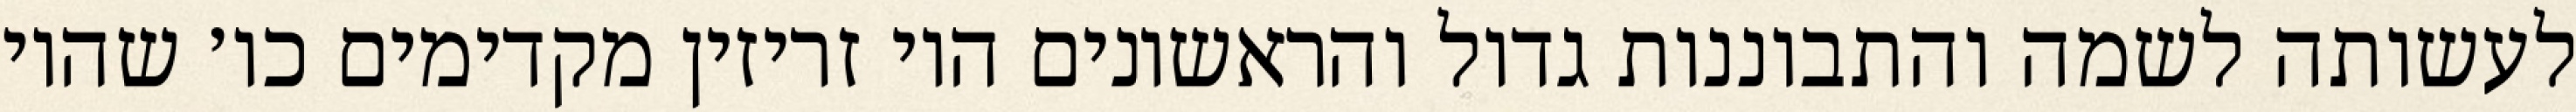
לעשותה לשמה והתבוננות גדול והראשונים היו זריזין מקדימים כו׳ שהיו